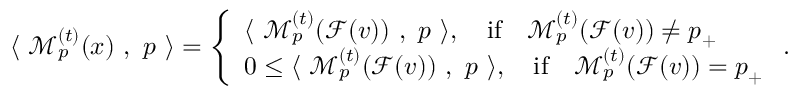
\langle ~ \mathcal { M } _ { p } ^ { ( t ) } ( { \boldsymbol x } ) ~ , ~ { \boldsymbol p } ~ \rangle = \left\{ \begin{array} { l l } { \langle ~ \mathcal { M } _ { p } ^ { ( t ) } ( \mathcal { F } ( v ) ) ~ , ~ { \boldsymbol p } ~ \rangle , \quad \mathrm { i f } \quad \mathcal { M } _ { p } ^ { ( t ) } ( \mathcal { F } ( v ) ) \neq { \boldsymbol p } _ { + } } \\ { 0 \le \langle ~ \mathcal { M } _ { p } ^ { ( t ) } ( \mathcal { F } ( v ) ) ~ , ~ { \boldsymbol p } ~ \rangle , \quad \mathrm { i f } \quad \mathcal { M } _ { p } ^ { ( t ) } ( \mathcal { F } ( v ) ) = { \boldsymbol p } _ { + } } \end{array} \right. .